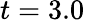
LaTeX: t=3.0